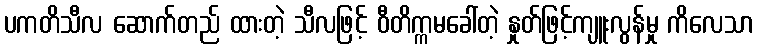
ပကတိသီလ ဆောက်တည် ထားတဲ့ သီလဖြင့် ဝီတိက္ကမခေါ်တဲ့ နှုတ်ဖြင့်ကျူးလွန်မှု ကိလေသာ